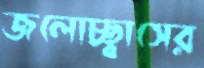
জলোচ্ছ্বাসের